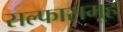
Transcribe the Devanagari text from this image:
सल्फासमूह